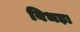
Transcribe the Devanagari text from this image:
बिभड़ा